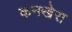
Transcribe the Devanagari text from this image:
कनखेरा